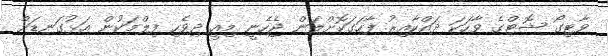
ވާޓިގޯ ޝޮޓްގެ ވާހަކަ ދައްކާއިރު ފާހަގަކޮށްލަން ޖެހެނީ މިއީ ދިވެހި ފިލްމަކުން އަޅުގަނޑަށް